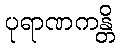
ပုရာဏကန္တိ